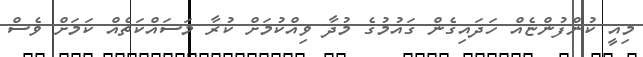
މިއީ ކުންފުންޏެއް ހަދައިގެން ގައުމުގެ މުދާ ވިއްކުމަށް ކުރާ މަސައްކަތެއް ކަމަށް ވެސް